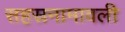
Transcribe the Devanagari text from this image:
सहस्रनामावली